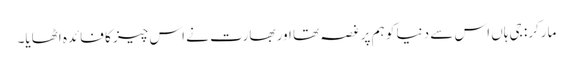
مارکر: جی ہاں اس سے دنیا کو ہم پر غصہ تھا اور بھارت نے اس چیز کا فائدہ اٹھایا۔